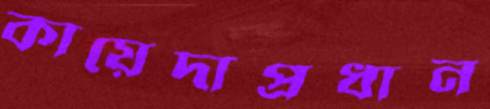
কায়েদাপ্রধান